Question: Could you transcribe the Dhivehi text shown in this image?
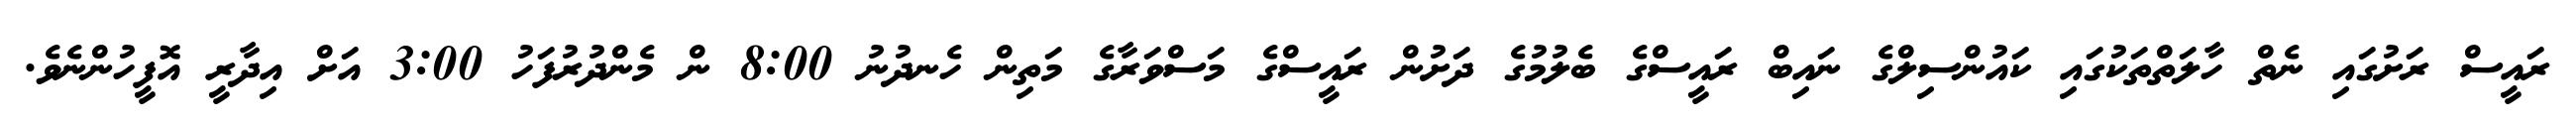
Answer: ރައީސް ރަށުގައި ނެތް ހާލަތްތަކުގައި ކައުންސިލްގެ ނައިބް ރައީސްގެ ބެލުމުގެ ދަށުން ރައީސްގެ މަސްވަރާގެ މަތިން ހެނދުނު 8:00 ން މެންދުރުފަހު 3:00 އަށް އިދާރީ އޮފީހުންނެވެ.